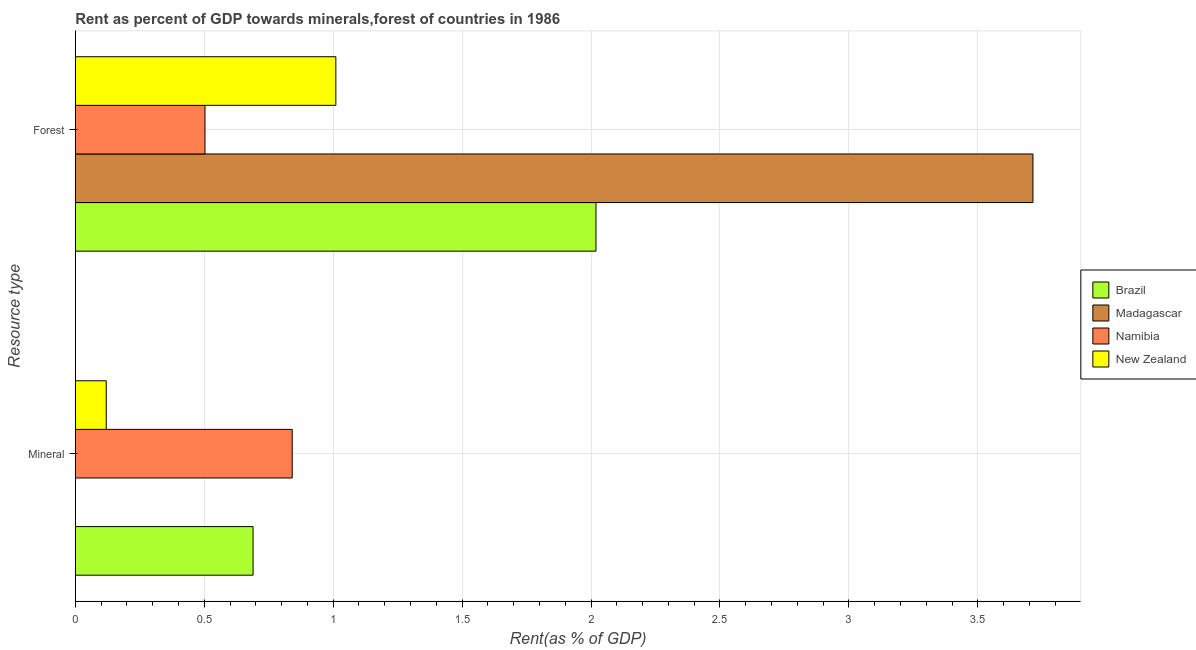
| Resource type | Brazil | Madagascar | Namibia | New Zealand |
 | --- | --- | --- | --- | --- |
 | Mineral | 0.689 | 0.000419 | 0.841 | 0.12 |
 | Forest | 2.02 | 3.71 | 0.503 | 1.01 |